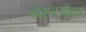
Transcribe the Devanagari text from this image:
चेहऱ्यात